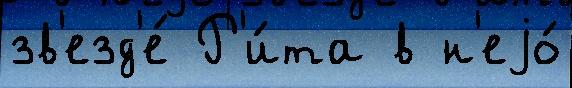
зв'езд'е́ Р'и́та в н'еjо́